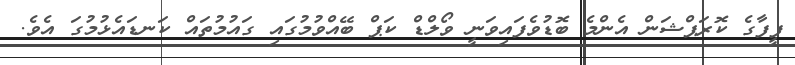
ފީފާގެ ކޮރަޕްޝަން އެންމެ ބޮޑުވެފައިވަނީ ވޯލްޑް ކަޕް ބޭއްވުމުގައި ގައުމުތައް ކަނޑައެޅުމުގަ އެވެ.